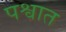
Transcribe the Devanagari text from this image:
पश्वात